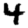
Digit: 4